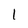
Character: l